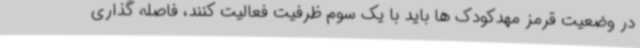
در وضعیت قرمز مهدکودک ها باید با یک سوم ظرفیت فعالیت کنند، فاصله گذاری